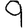
Digit: 9